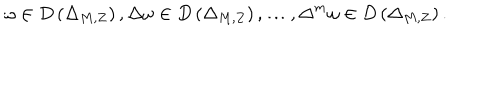
\omega \in D \left( \Delta _ { M , Z } \right) , \Delta \omega \in D \left( \Delta _ { M , Z } \right) , \ldots , \Delta ^ { m } \omega \in D \left( \Delta _ { M , Z } \right) .